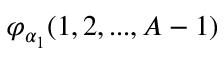
\varphi _ { \alpha _ { 1 } } ( 1 , 2 , . . . , A - 1 )